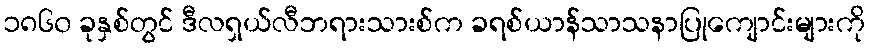
၁၈၆၀ ခုနှစ်တွင် ဒီလရှယ်လီဘရားသားစ်က ခရစ်ယာန်သာသနာပြုကျောင်းများကို